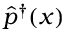
\hat { p } ^ { \dagger } ( x )